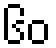
၆၀